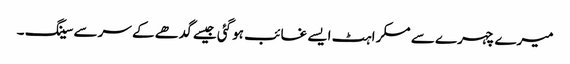
میرے چہرے سے مسکراہٹ ایسے غائب ہوگئی جیسے گدھے کے سرسے سینگ ۔